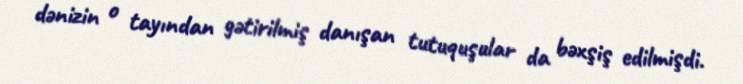
dənizin o tayından gətirilmiş danışan tutuquşular da bəxşiş edilmişdi.